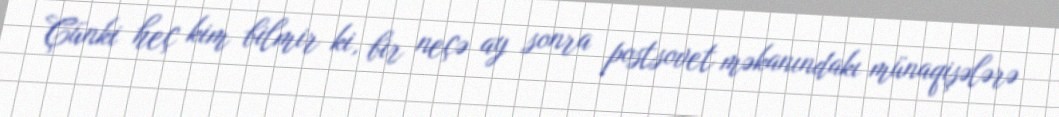
Çünki heç kim bilmir ki, bir neçə ay sonra postsovet məkanındakı münaqişələrə